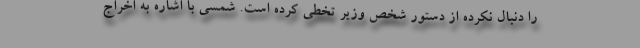
را دنبال نکرده از دستور شخص وزیر تخطی کرده است. شمسی با اشاره به اخراج